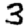
Digit: 3